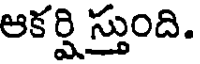
ఆకర్షి స్తుంది.